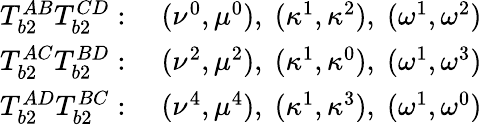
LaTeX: \begin{array}{ll}{T_{b2}^{AB}T_{b2}^{CD}:}&{\; (\nu^{0},\mu^{0}),\; (\kappa^{1},\kappa^{2}),\; (\omega^{1},\omega^{2})}\\ {T_{b2}^{AC}T_{b2}^{BD}:}&{\; (\nu^{2},\mu^{2}),\; (\kappa^{1},\kappa^{0}),\; (\omega^{1},\omega^{3})}\\ {T_{b2}^{AD}T_{b2}^{BC}:}&{\; (\nu^{4},\mu^{4}),\; (\kappa^{1},\kappa^{3}),\; (\omega^{1},\omega^{0})}\end{array}